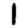
Digit: 1